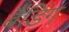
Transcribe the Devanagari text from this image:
बैंडिंग